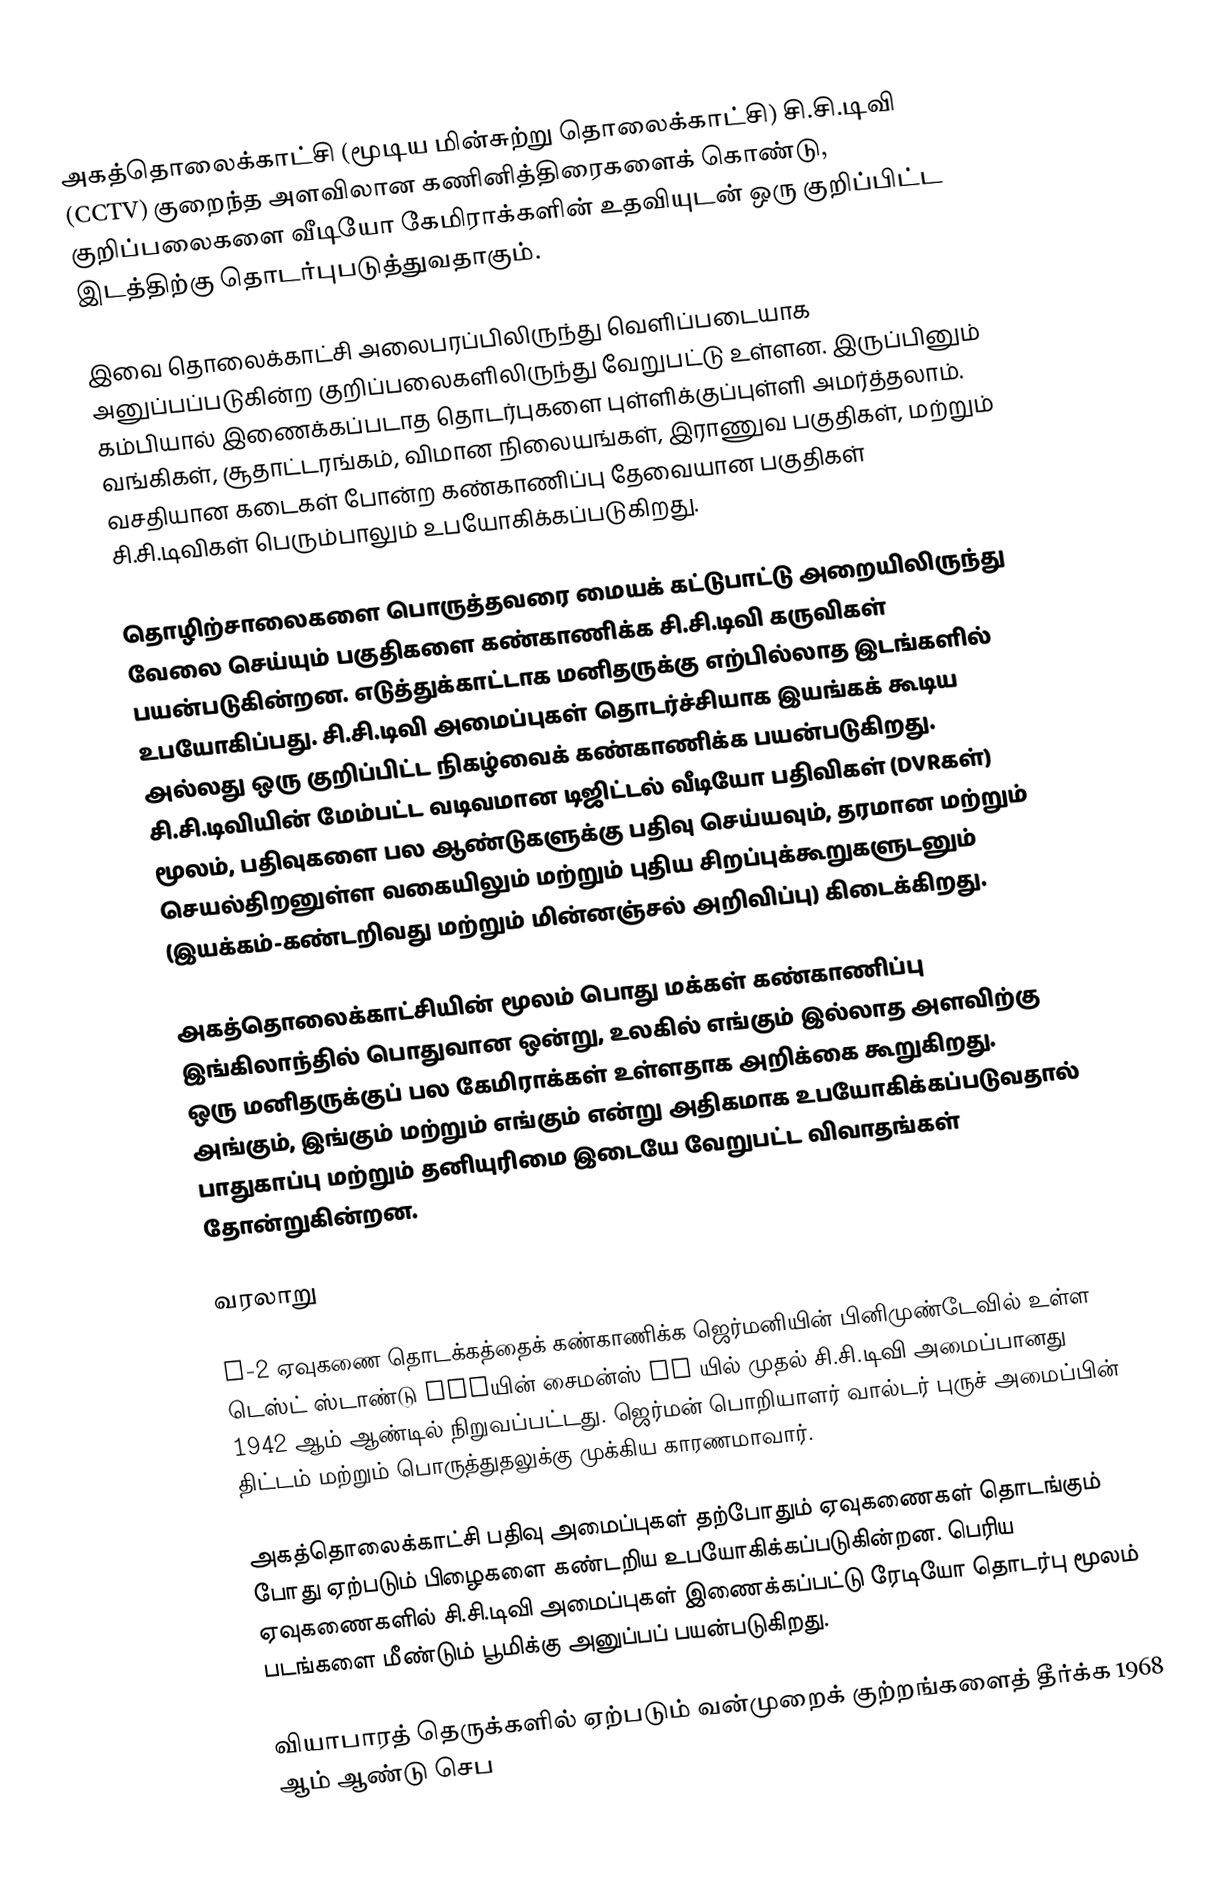
அகத்தொலைக்காட்சி (மூடிய மின்சுற்று தொலைக்காட்சி) சி.சி.டிவி (CCTV) குறைந்த அளவிலான கணினித்திரைகளைக் கொண்டு, குறிப்பலைகளை வீடியோ கேமிராக்களின் உதவியுடன் ஒரு குறிப்பிட்ட இடத்திற்கு தொடர்புபடுத்துவதாகும்.

இவை தொலைக்காட்சி அலைபரப்பிலிருந்து வெளிப்படையாக அனுப்பப்படுகின்ற குறிப்பலைகளிலிருந்து வேறுபட்டு உள்ளன. இருப்பினும் கம்பியால் இணைக்கப்படாத தொடர்புகளை புள்ளிக்குப்புள்ளி அமர்த்தலாம். வங்கிகள், சூதாட்டரங்கம், விமான நிலையங்கள், இராணுவ பகுதிகள், மற்றும் வசதியான கடைகள் போன்ற கண்காணிப்பு தேவையான பகுதிகள் சி.சி.டிவிகள் பெரும்பாலும் உபயோகிக்கப்படுகிறது.

தொழிற்சாலைகளை பொருத்தவரை மையக் கட்டுபாட்டு அறையிலிருந்து வேலை செய்யும் பகுதிகளை கண்காணிக்க சி.சி.டிவி கருவிகள் பயன்படுகின்றன. எடுத்துக்காட்டாக மனிதருக்கு எற்பில்லாத இடங்களில் உபயோகிப்பது. சி.சி.டிவி அமைப்புகள் தொடர்ச்சியாக இயங்கக் கூடிய அல்லது ஒரு குறிப்பிட்ட நிகழ்வைக் கண்காணிக்க பயன்படுகிறது. சி.சி.டிவியின் மேம்பட்ட வடிவமான டிஜிட்டல் வீடியோ பதிவிகள் (DVRகள்) மூலம், பதிவுகளை பல ஆண்டுகளுக்கு பதிவு செய்யவும், தரமான மற்றும் செயல்திறனுள்ள வகையிலும் மற்றும் புதிய சிறப்புக்கூறுகளுடனும் (இயக்கம்-கண்டறிவது மற்றும் மின்னஞ்சல் அறிவிப்பு) கிடைக்கிறது.

அகத்தொலைக்காட்சியின் மூலம் பொது மக்கள் கண்காணிப்பு இங்கிலாந்தில் பொதுவான ஒன்று, உலகில் எங்கும் இல்லாத அளவிற்கு ஒரு மனிதருக்குப் பல கேமிராக்கள் உள்ளதாக அறிக்கை கூறுகிறது. அங்கும், இங்கும் மற்றும் எங்கும் என்று அதிகமாக உபயோகிக்கப்படுவதால் பாதுகாப்பு மற்றும் தனியுரிமை இடையே வேறுபட்ட விவாதங்கள் தோன்றுகின்றன.

வரலாறு

V-2 ஏவுகணை தொடக்கத்தைக் கண்காணிக்க ஜெர்மனியின் பினிமுண்டேவில் உள்ள டெஸ்ட் ஸ்டாண்டு VIIயின் சைமன்ஸ் AG யில் முதல் சி.சி.டிவி அமைப்பானது 1942 ஆம் ஆண்டில் நிறுவப்பட்டது. ஜெர்மன் பொறியாளர் வால்டர் புருச் அமைப்பின் திட்டம் மற்றும் பொருத்துதலுக்கு முக்கிய காரணமாவார்.

அகத்தொலைக்காட்சி  பதிவு அமைப்புகள் தற்போதும் ஏவுகணைகள் தொடங்கும் போது ஏற்படும் பிழைகளை கண்டறிய உபயோகிக்கப்படுகின்றன. பெரிய ஏவுகணைகளில் சி.சி.டிவி அமைப்புகள் இணைக்கப்பட்டு ரேடியோ தொடர்பு மூலம் படங்களை மீண்டும் பூமிக்கு அனுப்பப் பயன்படுகிறது.

வியாபாரத் தெருக்களில் ஏற்படும் வன்முறைக் குற்றங்களைத் தீர்க்க 1968 ஆம் ஆண்டு செப